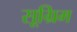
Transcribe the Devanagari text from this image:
सूग्रिम